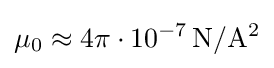
\mu _{0}\approx 4\pi \cdot 10^{-7}\,\mathrm {N} /\mathrm {A} ^{2}